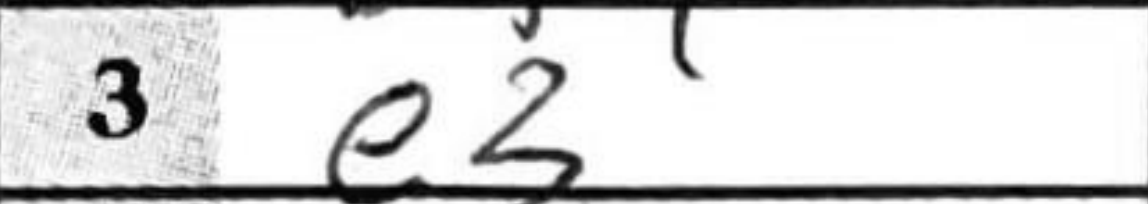
Transcription: e3